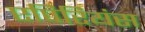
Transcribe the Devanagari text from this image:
एपिरियंस